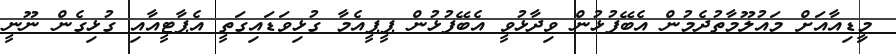
މީިޑިއާއަށް މައުލޫމާތުދެމުން އެބޭފުޅުން ވިދާޅުވީ އެބޭފުޅުން ޕީޕީއެމާ ގުޅިވަޑައިގަތީ އެޕާޓީއާއި ގުޅިގެން ނޫނީ